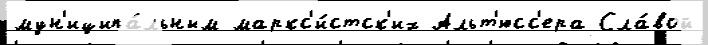
мун'иципа́льным маркс'и́стск'их Альт'юсс'ера Сла́вой